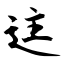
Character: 迬